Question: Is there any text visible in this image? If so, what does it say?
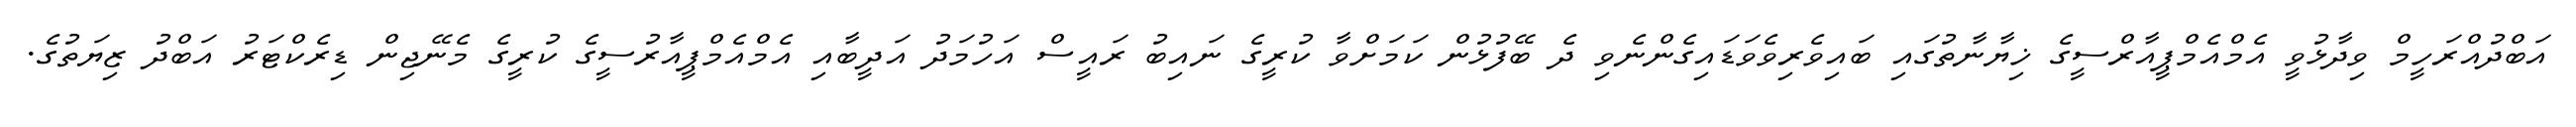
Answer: އަބްދުއްރަހީމް ވިދާޅުވީ އެމްއެމްޕީއާރްސީގެ ޚިޔާނާތުގައި ބައިވެރިވެވަޑައިގެންނެވި ދެ ބޭފުޅުން ކަމަށްވާ ކުރީގެ ނައިބު ރައީސް އަހުމަދު އަދީބާއި އެމްއެމްޕީއާރުސީގެ ކުރީގެ މެނޭޖިން ޑިރެކްޓަރު އަބްދު ޒިޔަތުގެ.